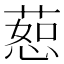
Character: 𫉅